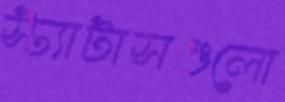
স্ট্যাটাসগুলো